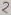
Text: 2